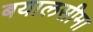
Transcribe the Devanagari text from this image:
बयालसीमा